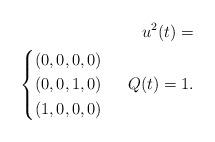
LaTeX: \begin{align*} u^2(t) = \\ \begin{cases} (0,0,0,0)\\ (0,0,1,0)\\ (1,0,0,0) \end{cases} ~Q(t)=1.\end{align*}